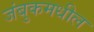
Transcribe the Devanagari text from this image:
जंबुकमधील